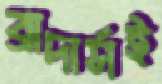
ব্রাদার্সই